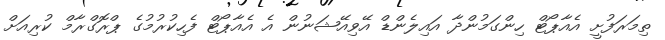
ތިމަރަފުށީ އެއާޕޯޓް ހިންގަމުންދާ އައިލެންޑް އޭވިއޭޝަނުން އެ އެއާޕޯޓް ފެހިކުރުމުގެ ޕްރޮގްރާމް ކުރިއަށް